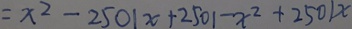
= x ^ { 2 } - 2 5 0 1 x + 2 5 0 1 - x ^ { 2 } + 2 5 0 1 x